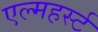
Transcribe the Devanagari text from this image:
एल्महर्स्ट